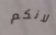
لانكم